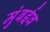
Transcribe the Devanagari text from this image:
मुंबईव